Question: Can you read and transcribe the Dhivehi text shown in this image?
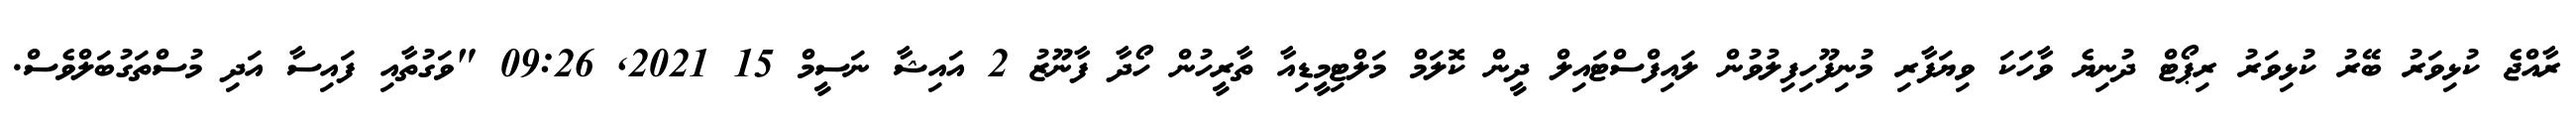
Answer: ރާއްޖެ ކުޅިވަރު ބޭރު ކުޅިވަރު ރިޕޯޓް ދުނިޔެ ވާހަކަ ވިޔަފާރި މުނިފޫހިފިލުވުން ލައިފްސްޓައިލް ދީން ކޮލަމް މަލްޓިމީޑިއާ ތާރީހުން ހޯދާ ފާނޫޒު 2 އައިޝާ ނަސީމް 15 2021, 09:26 "ވަގުތާއި ފައިސާ އަދި މުސްތަގުބަލްވެސް.